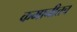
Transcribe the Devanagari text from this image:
कमानीतच